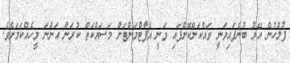
ފުލުހުން އޭރު ބުނެފައިވަނީ ވައްކަންކޮށްފައި ވަނީ އެޕާޓްމަންޓަށް މަސައްކަތް ކުރަން އަންނަ މީހެއްކަމަށެވެ.